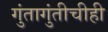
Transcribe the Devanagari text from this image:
गुंतागुंतीचीही